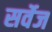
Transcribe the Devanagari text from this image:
सर्वेज